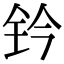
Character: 钤